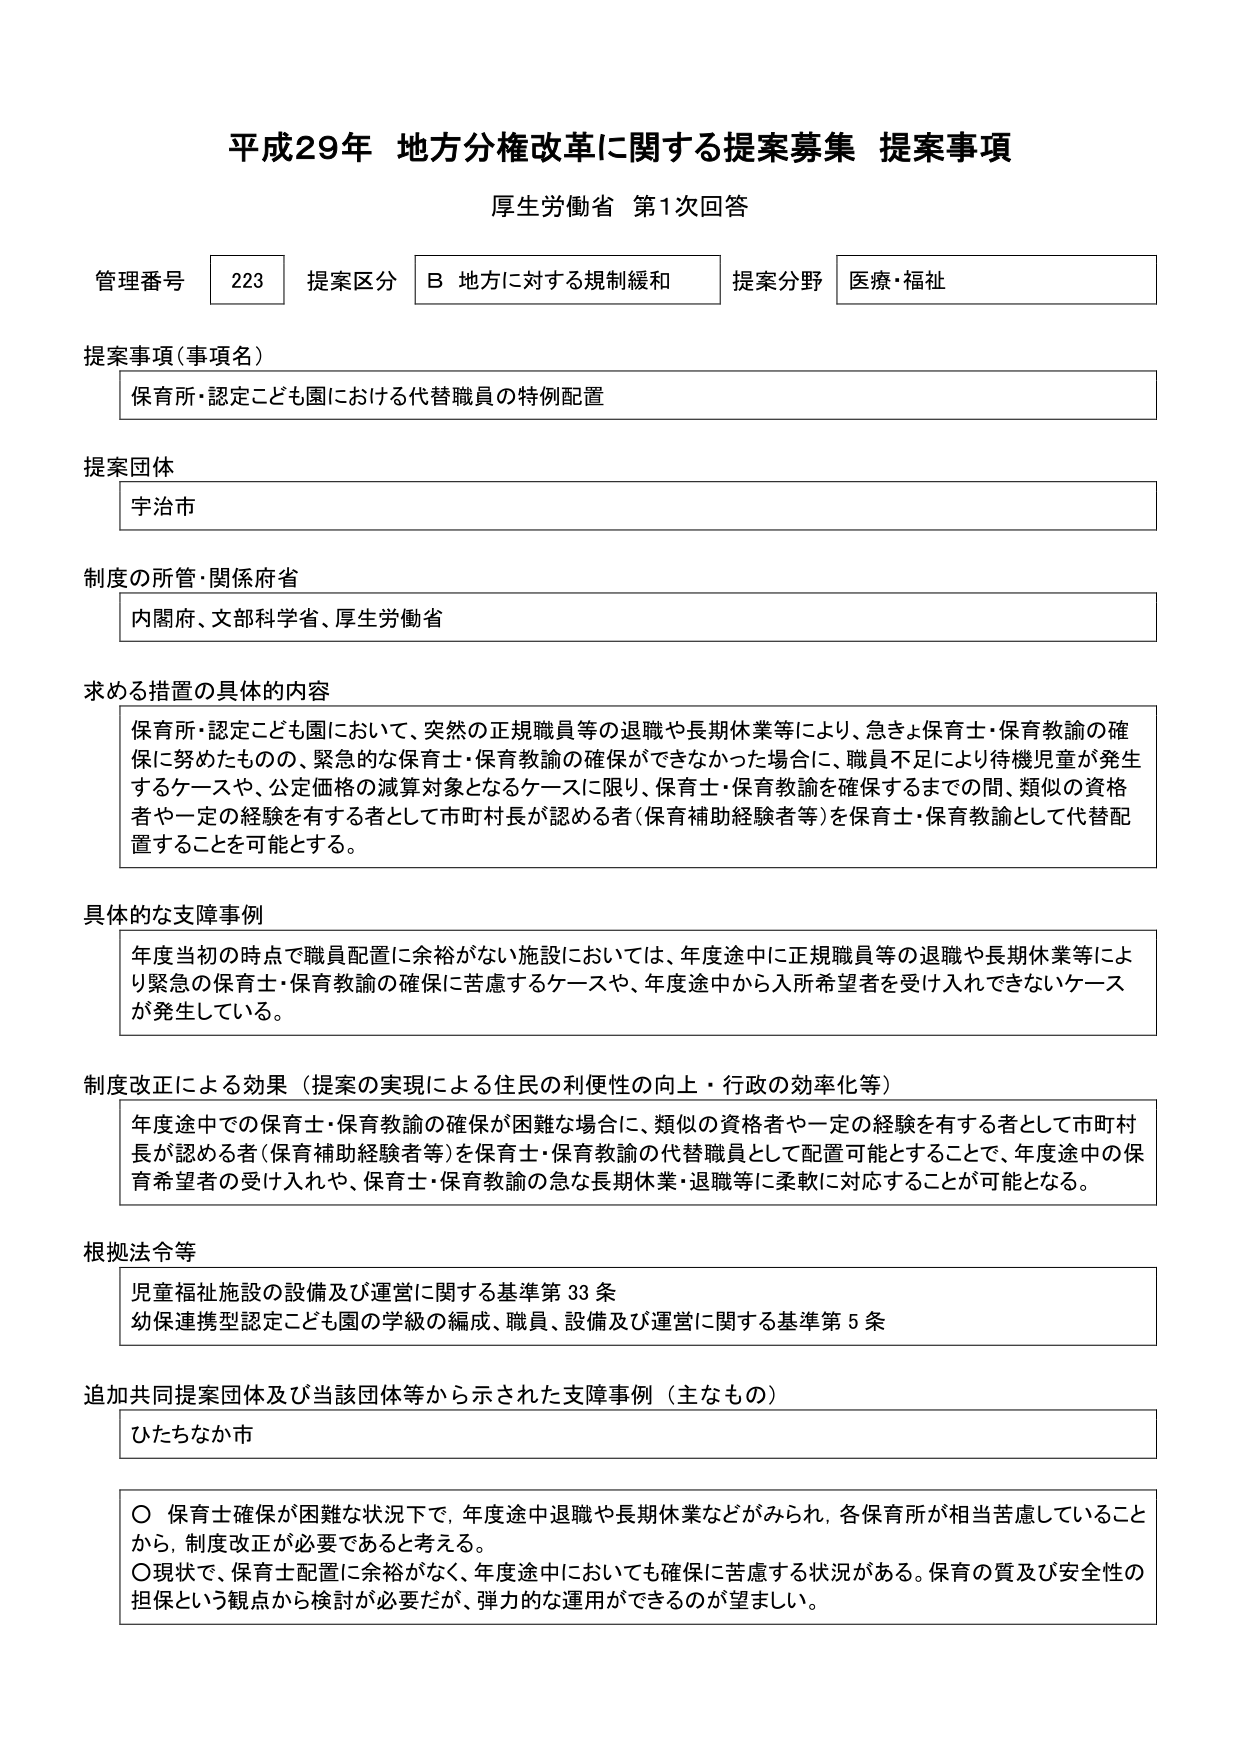
平成29年 地方分権改革に関する提案募集 提案事項
厚生労働省 第1次回答

管理番号 223 提案区分 B 地方に対する規制緩和 提案分野 医療・福祉

提案事項（事項名）
保育所・認定こども園における代替職員の特例配置

提案団体
宇治市

制度の所管・関係府省
内閣府、文部科学省、厚生労働省

求める措置の具体的内容
保育所・認定こども園において、突然の正規職員等の退職や長期休業等により、急ぎ保育士・保育教諭の確保に努めたものの、緊急的な保育士・保育教諭の確保ができなかった場合に、職員不足により待機児童が発生するケースや、公定価格の減算対象となるケースに限り、保育士・保育教諭を確保するまでの間、類似の資格者や一定の経験を有する者として市町村長が認める者（保育補助経験者等）を保育士・保育教諭として代替配置することを可能とする。

具体的な支障事例
年度当初の時点で職員配置に余裕がない施設においては、年度途中に正規職員等の退職や長期休業等により緊急の保育士・保育教諭の確保に苦慮するケースや、年度途中から入所希望者を受け入れできないケースが発生している。

制度改正による効果（提案の実現による住民の利便性の向上・行政の効率化等）
年度途中での保育士・保育教諭の確保が困難な場合に、類似の資格者や一定の経験を有する者として市町村長が認める者（保育補助経験者等）を保育士・保育教諭の代替職員として配置可能とすることで、年度途中の保育希望者の受け入れや、保育士・保育教諭の急な長期休業・退職等に柔軟に対応することが可能となる。

根拠法令等
児童福祉施設の設備及び運営に関する基準第33条
幼保連携型認定こども園の学級の編成、職員、設備及び運営に関する基準第5条

追加共同提案団体及び当該団体等から示された支障事例（主なもの）
ひたちなか市

○ 保育士確保が困難な状況下で、年度途中退職や長期休業などがみられ、各保育所が相当苦慮していることから、制度改正が必要であると考える。
○ 現状で、保育士配置に余裕がなく、年度途中においても確保に苦慮する状況がある。保育の質及び安全性の担保という観点から検討が必要だが、弾力的な運用ができるのが望ましい。